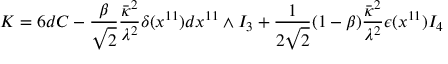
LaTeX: K = 6 d C - \frac { \beta } { \sqrt { 2 } } \frac { \bar { \kappa } ^ { 2 } } { \lambda ^ { 2 } } \delta ( x ^ { 1 1 } ) d x ^ { 1 1 } \wedge I _ { 3 } + \frac { 1 } { 2 \sqrt { 2 } } ( 1 - \beta ) \frac { \bar { \kappa } ^ { 2 } } { \lambda ^ { 2 } } \epsilon ( x ^ { 1 1 } ) I _ { 4 }